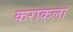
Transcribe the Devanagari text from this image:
कराकला